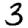
Digit: 3